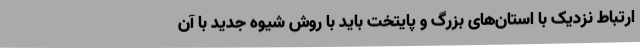
ارتباط نزدیک با استان‌های بزرگ و پایتخت باید با روش شیوه جدید با آن